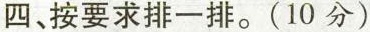
四、按要求排一排。(10 分)